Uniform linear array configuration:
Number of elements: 64
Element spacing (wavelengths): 0.75
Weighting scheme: uniform
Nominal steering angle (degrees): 60
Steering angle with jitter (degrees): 58.624
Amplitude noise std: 0.05
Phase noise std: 0.05

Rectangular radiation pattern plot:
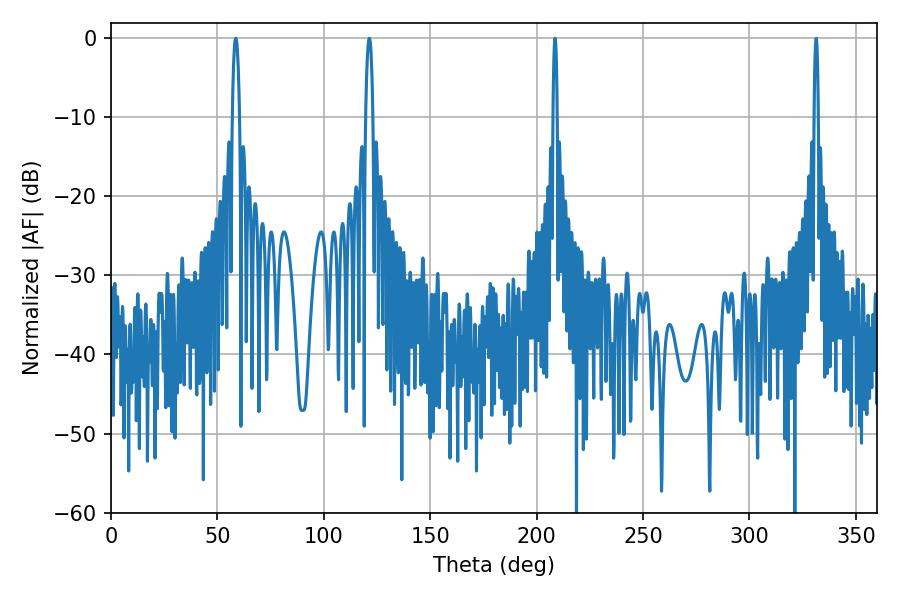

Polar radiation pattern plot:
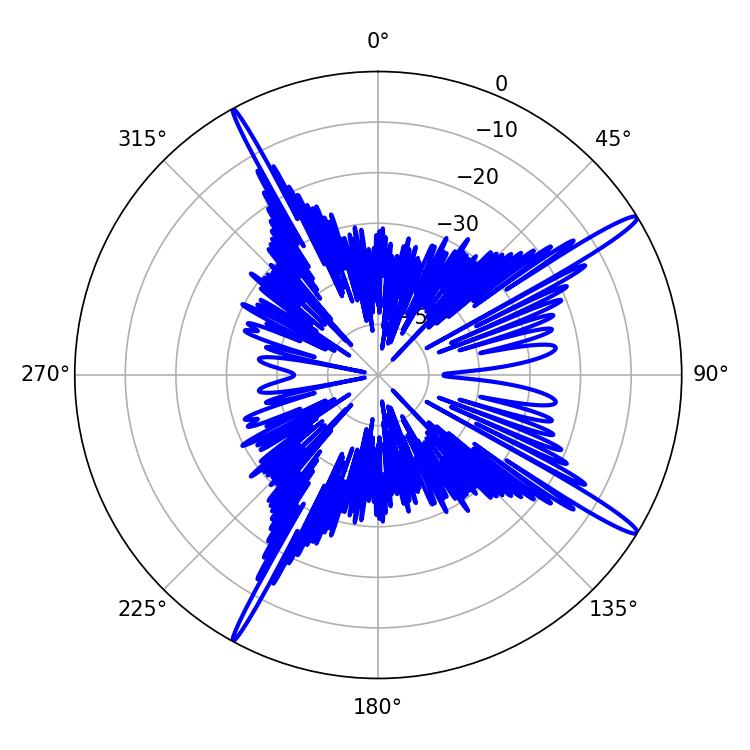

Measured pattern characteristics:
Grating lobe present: TRUE
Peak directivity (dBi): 16.434
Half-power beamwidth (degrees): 1.8
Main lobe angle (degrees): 58.68